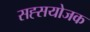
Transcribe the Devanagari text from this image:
सह्सयोजक